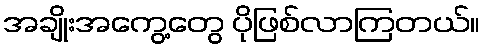
အချိုးအကွေ့တွေ ပိုဖြစ်လာကြတယ်။